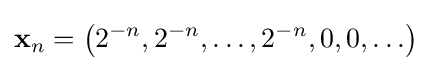
\mathbf {x} _{n}=\left(2^{-n},2^{-n},\ldots ,2^{-n},0,0,\ldots \right)